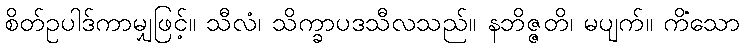
စိတ်ဥပါဒ်ကာမျှဖြင့်။ သီလံ၊ သိက္ခာပဒသီလသည်။ နဘိဇ္ဇတိ၊ မပျက်။ ကိံသော